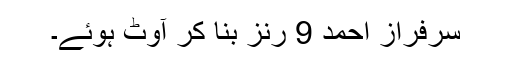
سرفراز احمد 9 رنز بنا کر آوٹ ہوئے۔